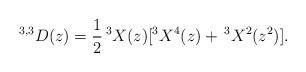
LaTeX: \begin{align*}^{3,3}D(z) = \frac12\, ^3X(z)[^3X^4(z)+\,{}^3X^2(z^2)].\end{align*}